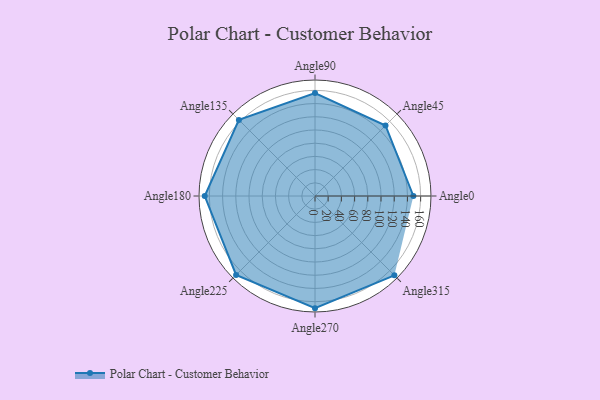
{"axis": {"x": "Angle", "y": "Radius"}, "legend": [""], "data": [{"x": "Angle0", "y": 149.0, "type": ""}, {"x": "Angle45", "y": 151.0, "type": ""}, {"x": "Angle90", "y": 156.0, "type": ""}, {"x": "Angle135", "y": 163.0, "type": ""}, {"x": "Angle180", "y": 167.0, "type": ""}, {"x": "Angle225", "y": 169.0, "type": ""}, {"x": "Angle270", "y": 170, "type": ""}, {"x": "Angle315", "y": 170, "type": ""}]}